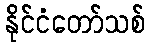
နိုင်ငံတော်သစ်